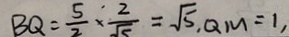
B Q = \frac { 5 } { 2 } \times \frac { 2 } { \sqrt { 5 } } = \sqrt { 5 } , Q m = 1 ,